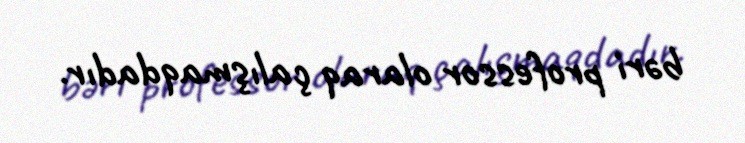
bəri professor olaraq çalışmaqdadır.